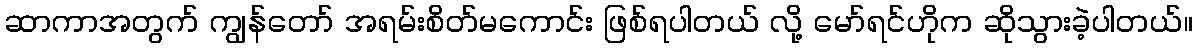
ဆာကာအတွက် ကျွန်တော် အရမ်းစိတ်မကောင်း ဖြစ်ရပါတယ် လို့ မော်ရင်ဟိုက ဆိုသွားခဲ့ပါတယ်။